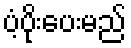
ပံ့ပိုးပေးမည်